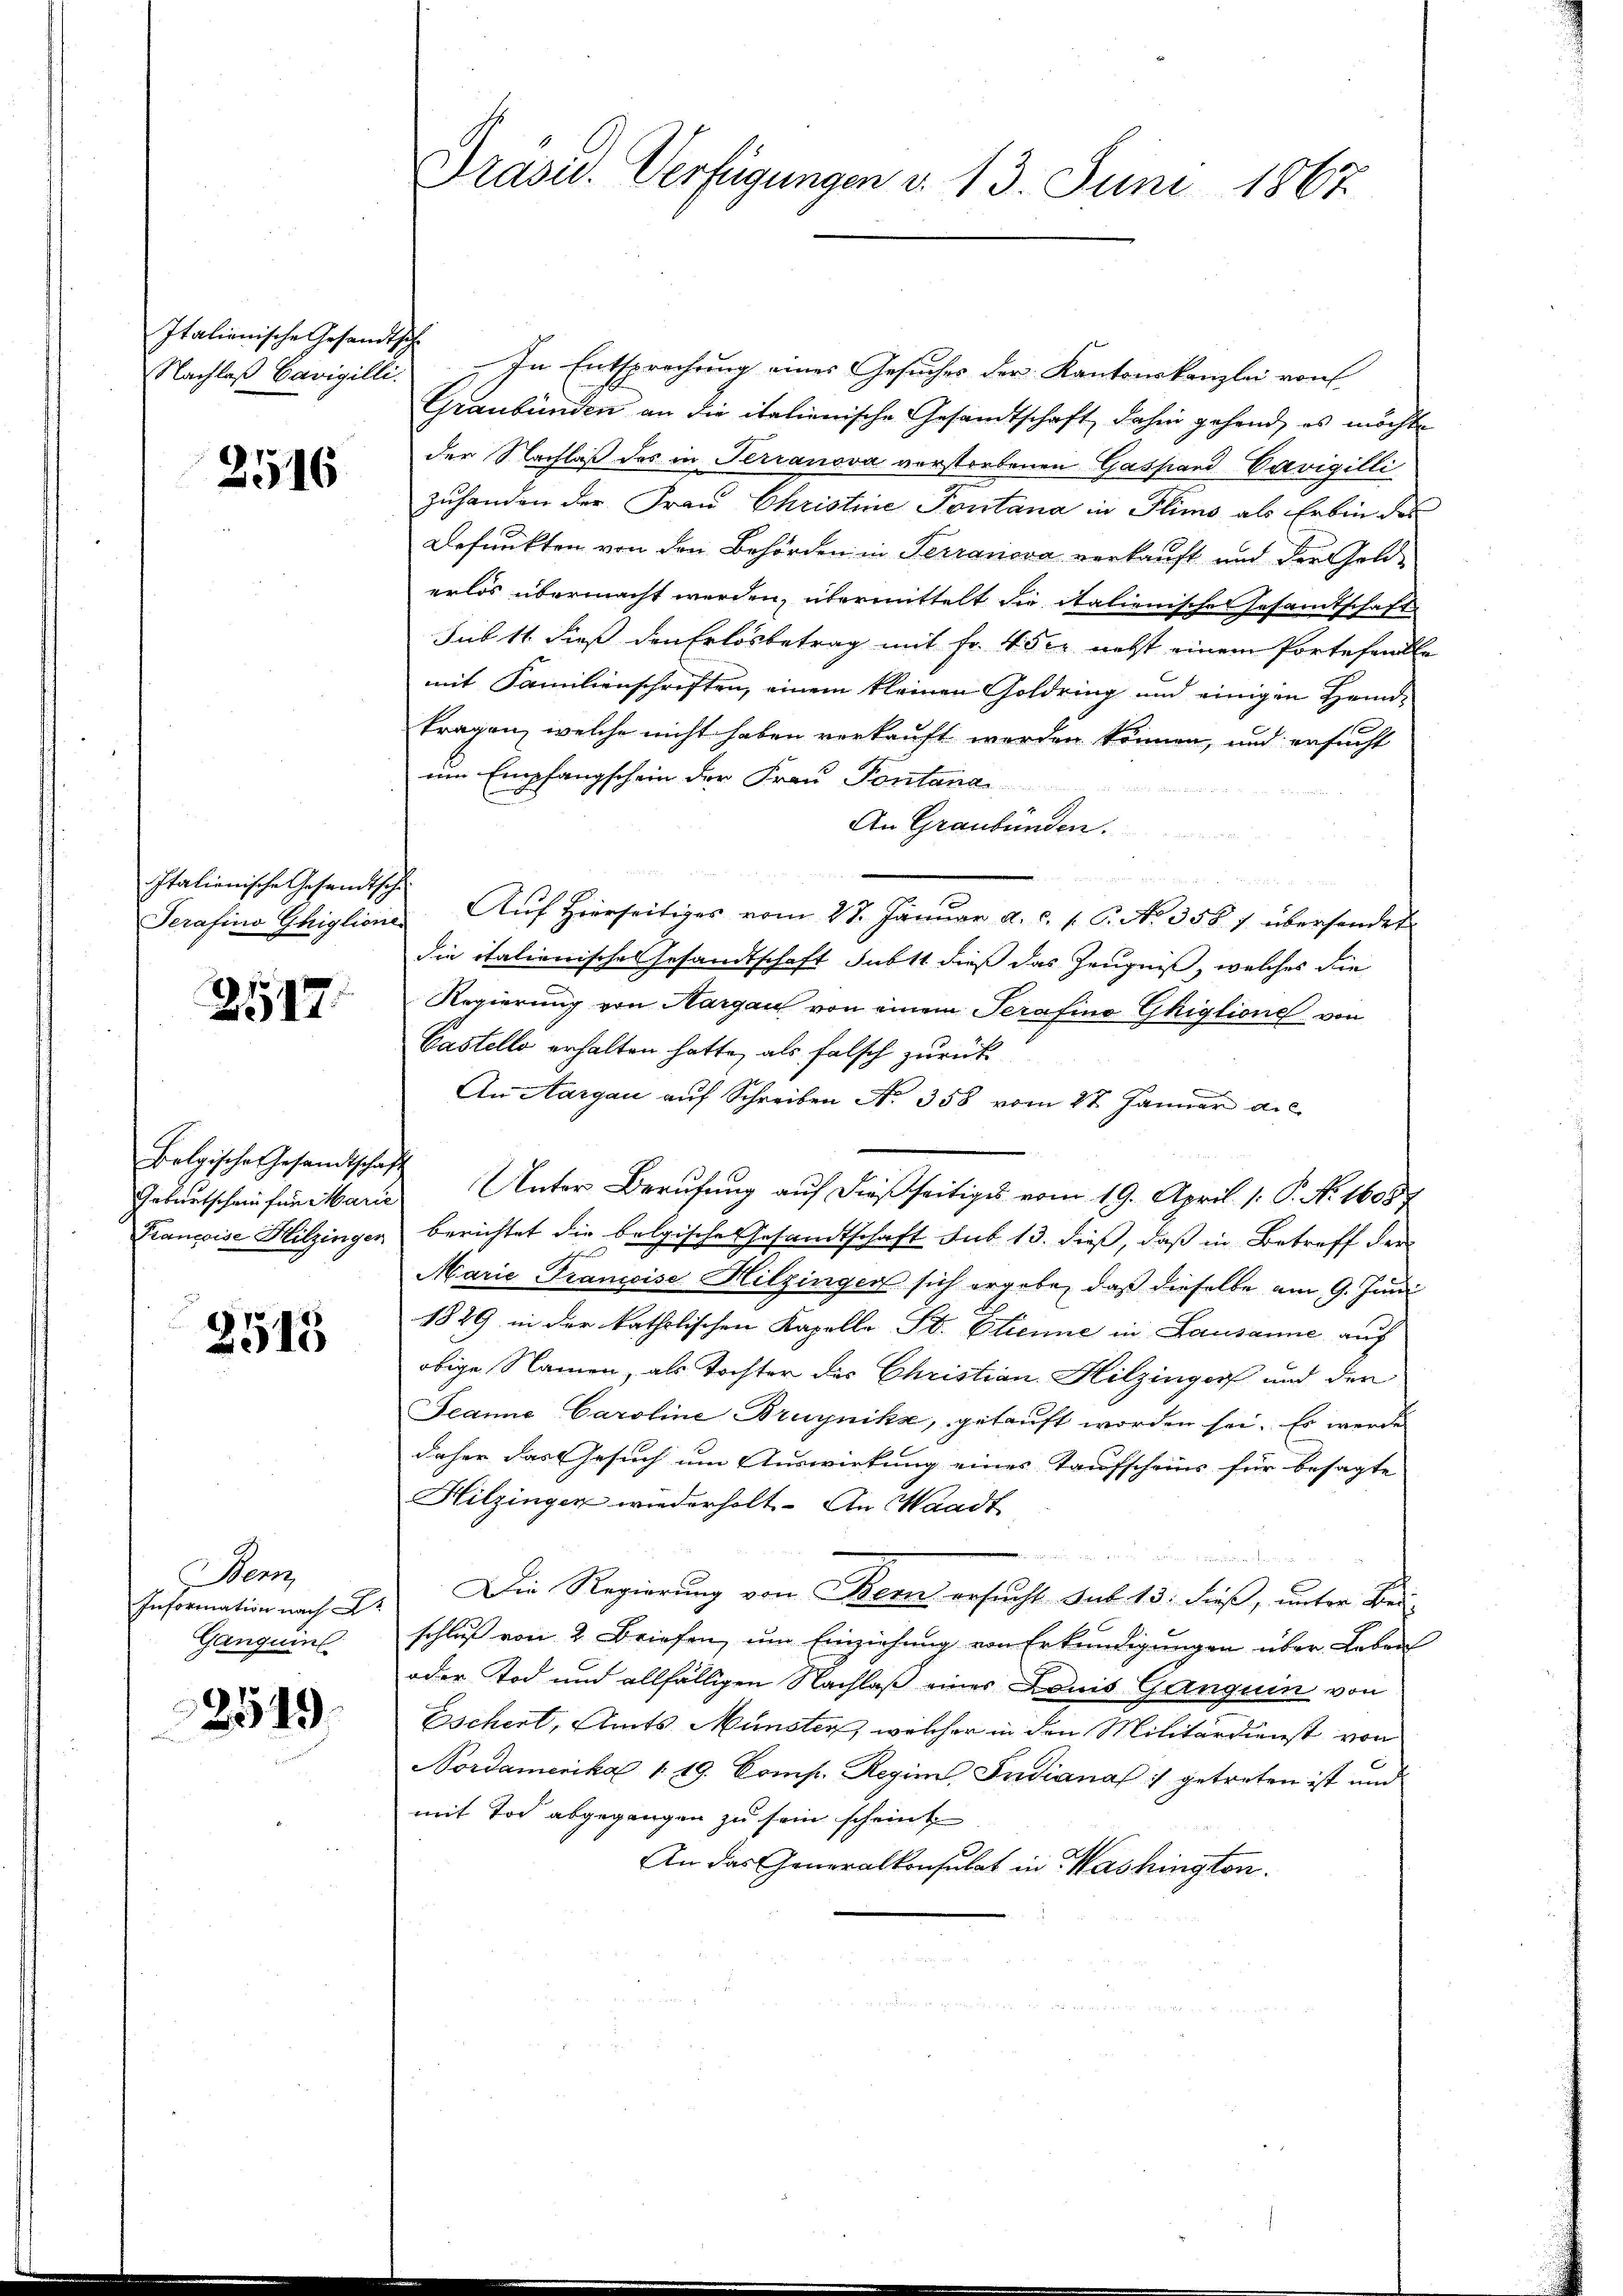
Italionische Gesandtsch
Nachlaß Cavigilli

2516

Italienische Gesandtsch

2517.

Belgisches Gesandtschaft

2513

Wenz
Information nach
Ganguin

2549

In Entsprechung eines Gesuches der Kantonskanzlei von
Graubünden an die italienische Gesandtschaft dahin gehend, es möchte
der Nachlaß des in Terranova verstorbenen Gaspard Cavigilli
zuhanden der Frau Christine Pontana in Flims als Erbin des
Befunkten von den Behörden in Terranova verkauft und der Gelderlös übermacht werden, übermittelt die italienische Gesamtschaft
sub 11. dieß den Erlösbetrag mit Fr. 450 nebst einem Portefalle
mit Familienschriften, einem kleinen Goldring und einigen Handtragen, welche nicht haben verkauft werden können, und ersucht
um Empfangschein der Frau Pontana
An Graubünden.
u
Serasino Ghiglione Aŭf Hierseitiges vom 27. Janŭar a. c. 1. P. No. 358. 7. übersendet.
die italienisches Gesandtschaft subst dieß das Zeugniß, welches die
Regierung von Aargau von einem Serafino Ghiglione von
Castello erhalten hatte, als falsch zurück
An Aargau auf Schreiben No. 358 vom 27. Januar a.c.
Geburtschaufen Marie Unter Berufung auf dießseitiges vom 19. April 1. P. N. 16057
Françoise Hitzingen berichtet die belgische Gesandtschaft sub 13. dieß, daß in Betreff der
Marie Francoise Hitzinger sich ergebe, daß dieselbe am 9. Juni
1829 in der katholischen Kapello St. Etienne in Lausanne auf
obige Namen, als Tochter des Christian Hitzinger und der
Jeanne Caroline Bruynika, getauft worden sei. Es werde
daher das Gesuch um Auswirkung eines Taufscheins für besagte
Hitzingen wiederholt. An Waadt
Die Regierung von Bern ersucht sub 15. dieß, unter Bei
schluß von 2 Briefen, um Einziehung von Erkundigungen über Leben
oder Tod und allfälligen Nachlaß einer Louis Ganguin von
Eschert, Amts Münsten, welcher in den Militärdienst von
Nordamerika 1 19. Comp. Regim Indiana :/ getreten ist und
mit Tod abgegangen zu sein scheint
An das Generalkonsulat in Washington.

Präsid. Verfügungen v. 13. Juni 1867.